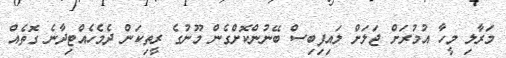
މަރާލި މީހާ އުމުރަށް ޖަލަށް ލައިފިބިސް ބޭނުންކޮށްގެން މޫނުގެ ރީތިކަން ދެމެހެއްޓިދާނެ ގޮތެއް